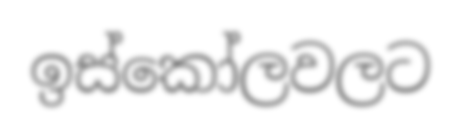
ඉස්කෝලවලට